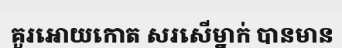
គួរអោយកោត សរសើម្នាក់ បានមាន